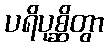
ပရိပုစ္ဆိတွာ